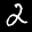
Label: 2